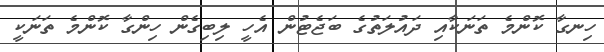
ހިނގާ ކޮންމެ ތަނަކާއި ދައުލަތުގެ ބަޖެޓުން އެހީ ލިބިގެން ހިންގާ ކޮންމެ ތަނަކީ